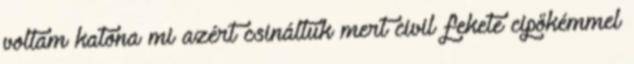
voltam katona mi azért csináltuk mert civil fekete cipőkémmel